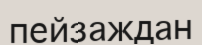
пейзаждан